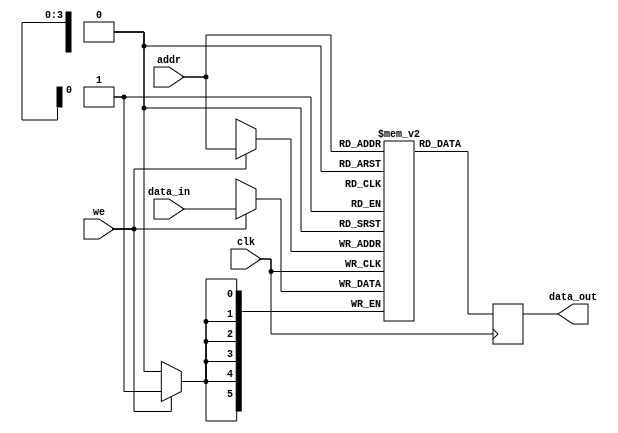
// -------------------------------------------------------------------------------------
//
//Description:This program takes a 4 bit adress as well as 6 bits of data and stores it into
// 				memory. To write to the memory block 'we' or (Write enable) must be set at high
//
//
// -------------------------------------------------------------------------------------

module memory16x6 (data_out, data_in, addr, we, clk);
output reg  [5:0]  data_out; //reads what the current value is at address
input  wire [5:0]  data_in;	
input  wire  [3:0]  addr;
input  wire         we, clk;
reg         [5:0]  mem       [15:0];
	always @(posedge clk) begin
		data_out <= mem[addr];
		if (we) mem[addr] <= data_in;
	end
endmodule